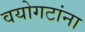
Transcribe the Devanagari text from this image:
वयोगटांना